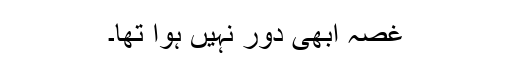
غصہ ابھی دور نہیں ہوا تھا۔